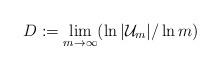
LaTeX: \begin{align*}D:=\lim_{m\to \infty}(\ln |{\cal U}_m|/\ln m)\end{align*}